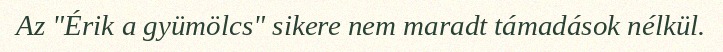
Az "Érik a gyümölcs" sikere nem maradt támadások nélkül.